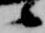
候